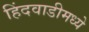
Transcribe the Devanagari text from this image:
हिंदवाडीमध्ये